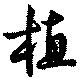
植